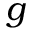
\boldsymbol { g }